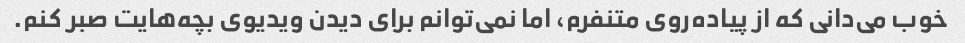
خوب می‌دانی که از پیاده‌روی متنفرم، اما نمی‌توانم برای دیدن ویدیوی بچه‌هایت صبر کنم.